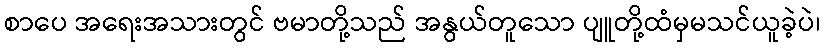
စာပေ အရေးအသားတွင် ဗမာတို့သည် အနွယ်တူသော ပျူတို့ထံမှမသင်ယူခဲ့ပဲ၊